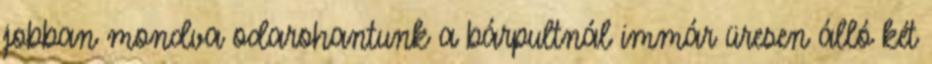
jobban mondva odarohantunk a bárpultnál immár üresen álló két